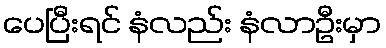
ပေပြီးရင် နံလည်း နံလာဦးမှာ